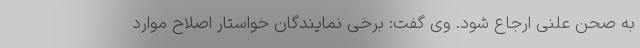
به صحن علنی ارجاع شود. وی گفت: برخی نمایندگان خواستار اصلاح موارد